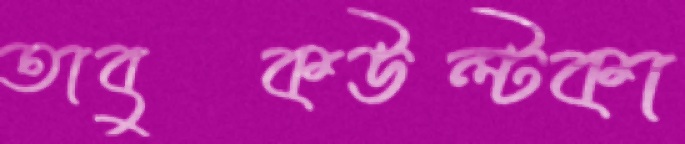
তাবুকউল্টকা